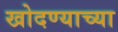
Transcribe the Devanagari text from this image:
खोदण्याच्या